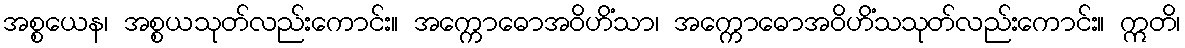
အစ္စယေန၊ အစ္စယသုတ်လည်းကောင်း။ အက္ကောဓောအဝိဟိံသာ၊ အက္ကောဓောအဝိဟိံသသုတ်လည်းကောင်း။ ဣတိ၊